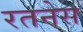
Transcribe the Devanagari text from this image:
रतनेस